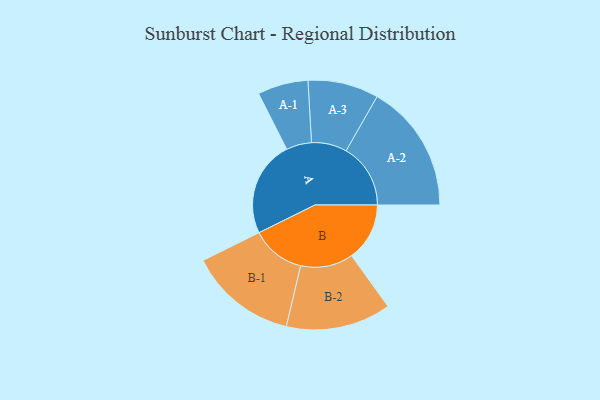
{"axis": {"x": "Segment", "y": "Value"}, "legend": ["", "A", "B"], "data": [{"x": "A", "y": 401, "type": ""}, {"x": "B", "y": 243, "type": ""}, {"x": "A-1", "y": 106, "type": "A"}, {"x": "A-2", "y": 270, "type": "A"}, {"x": "A-3", "y": 148, "type": "A"}, {"x": "B-1", "y": 226, "type": "B"}, {"x": "B-2", "y": 220, "type": "B"}]}